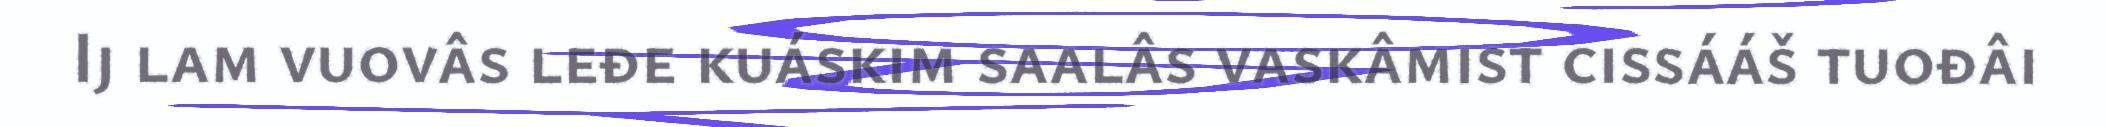
Ij lam vuovâs leđe kuáskim saalâs vaskâmist cissááš tuođâi